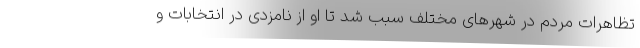
تظاهرات مردم در شهرهای مختلف سبب شد تا او از نامزدی در انتخابات و